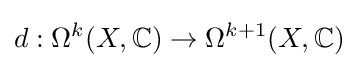
d:\Omega ^{k}(X,\mathbb {C} )\to \Omega ^{k+1}(X,\mathbb {C} )